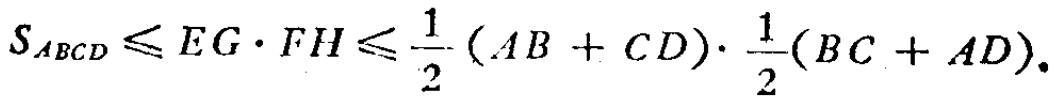
$S_{ABCD}\leqslant EG\cdot FH\leqslant \frac{1}{2}(AB + CD)\cdot \frac{1}{2}(BC + AD).$